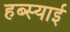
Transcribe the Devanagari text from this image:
हब्स्याई